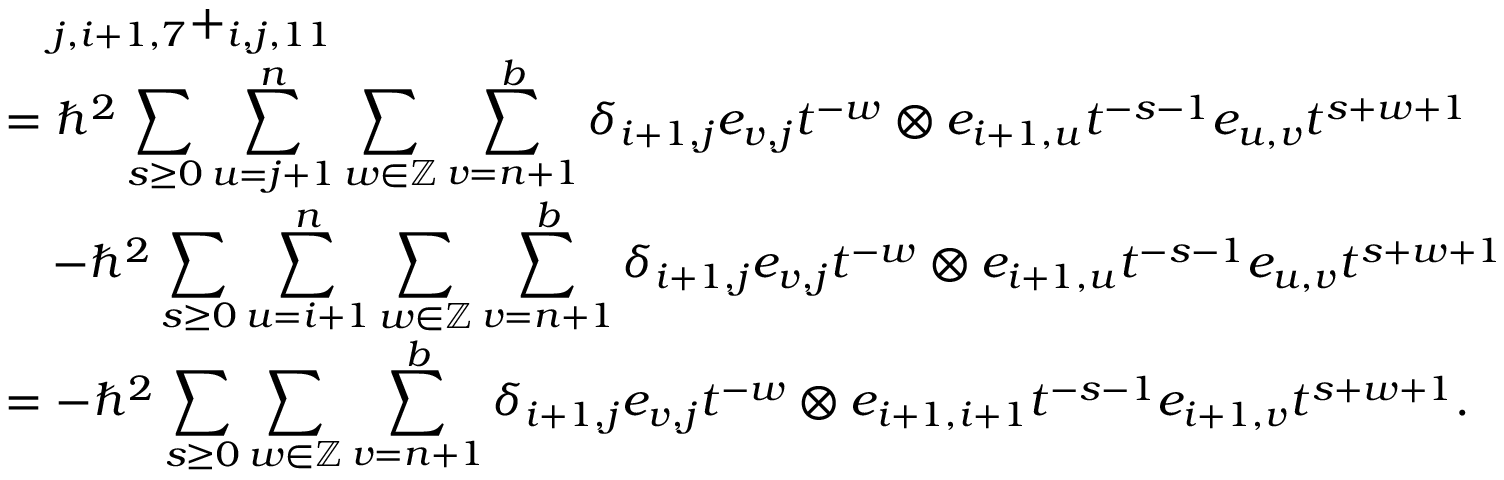
\begin{array} { r l } & { \quad _ { j , i + 1 , 7 } + _ { i , j , 1 1 } } \\ & { = \hbar ^ { 2 } \displaystyle \sum _ { s \geq 0 } \displaystyle \sum _ { u = j + 1 } ^ { n } \sum _ { w \in \mathbb { Z } } \sum _ { v = n + 1 } ^ { b } \delta _ { i + 1 , j } e _ { v , j } t ^ { - w } \otimes e _ { i + 1 , u } t ^ { - s - 1 } e _ { u , v } t ^ { s + w + 1 } } \\ & { \quad - \hbar ^ { 2 } \displaystyle \sum _ { s \geq 0 } \displaystyle \sum _ { u = i + 1 } ^ { n } \sum _ { w \in \mathbb { Z } } \sum _ { v = n + 1 } ^ { b } \delta _ { i + 1 , j } e _ { v , j } t ^ { - w } \otimes e _ { i + 1 , u } t ^ { - s - 1 } e _ { u , v } t ^ { s + w + 1 } } \\ & { = - \hbar ^ { 2 } \displaystyle \sum _ { s \geq 0 } \displaystyle \sum _ { w \in \mathbb { Z } } \sum _ { v = n + 1 } ^ { b } \delta _ { i + 1 , j } e _ { v , j } t ^ { - w } \otimes e _ { i + 1 , i + 1 } t ^ { - s - 1 } e _ { i + 1 , v } t ^ { s + w + 1 } . } \end{array}